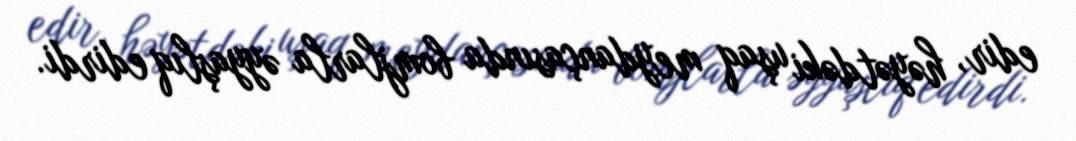
edir, həyətdəki uşaq meydançasında bomjlarla əyyaşlıq edirdi.